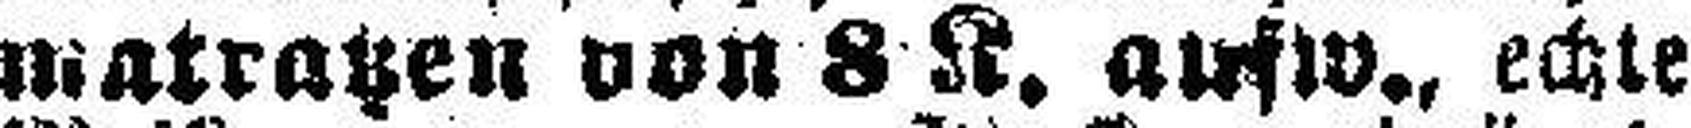
matratzen von 8 K. aufw., echte